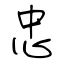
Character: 忠